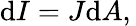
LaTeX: \mathrm{d}I=J{\mathrm{d}A},\,